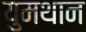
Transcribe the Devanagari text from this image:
युमथान